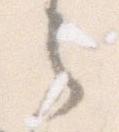
之